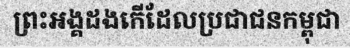
ព្រះអង្គដងកើដែលប្រជាជនកម្ពុជា